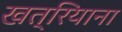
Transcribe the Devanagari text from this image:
खत्रियाना